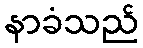
နာခံသည်